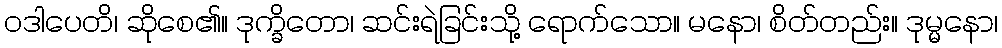
ဝဒါပေတိ၊ ဆိုစေ၏။ ဒုက္ခိတော၊ ဆင်းရဲခြင်းသို့ ရောက်သော။ မနော၊ စိတ်တည်း။ ဒုမ္မနော၊